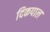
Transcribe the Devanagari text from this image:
दिकपाल